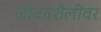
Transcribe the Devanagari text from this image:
जीवनशैलींवर